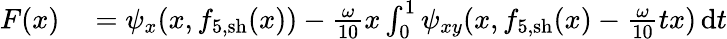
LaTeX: \begin{array}{rl}{F(x)}&{{}=\psi_{x}(x,f_{5,\mathrm{sh}}(x))-\frac{\omega}{10}x\int_{0}^{1}\psi_{xy}(x,f_{5,\mathrm{sh}}(x)-\frac{\omega}{10}tx)\, \mathrm{d}t}\end{array}